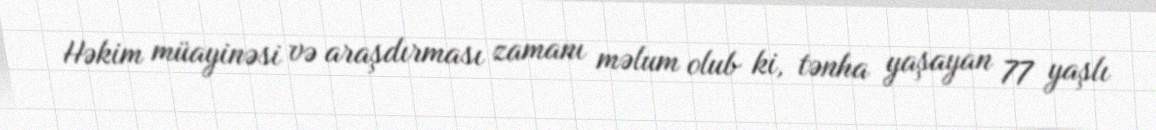
Həkim müayinəsi və araşdırması zamanı məlum olub ki, tənha yaşayan 77 yaşlı